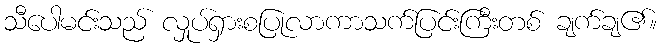
သီပေါမင်းသည် လှုပ်ရှားစပြုလာကာသက်ပြင်းကြီးတစ် ချက်ချ၏။